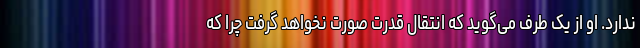
ندارد. او از یک طرف می‌گوید که انتقال قدرت صورت نخواهد گرفت چرا که